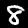
Digit: 8